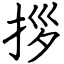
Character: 拶